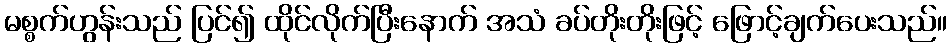
မစ္စက်ဟွန်းသည် ပြင်၍ ထိုင်လိုက်ပြီးနောက် အသံ ခပ်တိုးတိုးဖြင့် ဖြောင့်ချက်ပေးသည်။